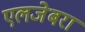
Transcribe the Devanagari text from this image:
एलजेबरा